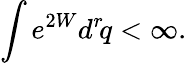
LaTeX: \int e^{2W}d^{r}\! q<\infty.